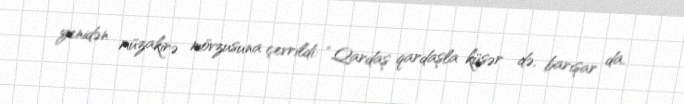
yenidən müzakirə mövzusuna çevrildi: “Qardaş qardaşla küsər də, barışar da.